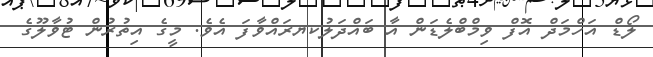
ލޯޑް އަހްމަދް އޮފް ވިމްބްލެޑަން އާ ބައްދަލުކޔރައްވާފަ އެވެ. މީގެ އިތުރުން ޓުވާލޫގެ